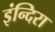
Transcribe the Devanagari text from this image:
इंन्दिरा